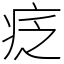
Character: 疺